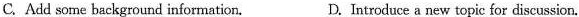
C. Add some background information. D. Introduce a new topic for discussion.